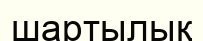
шартылық